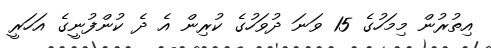
އިތުރުން މިމަހުގެ 15 ވަނަ ދުވަހުގެ ކުރިން އެ ދެ ކުންފުނީގެ އަހަރީ